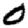
Digit: 0